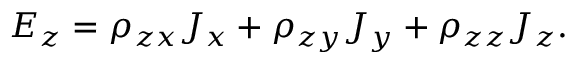
E _ { z } = \rho _ { z x } J _ { x } + \rho _ { z y } J _ { y } + \rho _ { z z } J _ { z } .